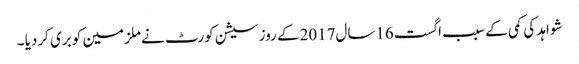
شواہد کی کمی کے سبب اگست16سال2017کے روز سیشن کورٹ نے ملزمین کو بری کردیا ۔